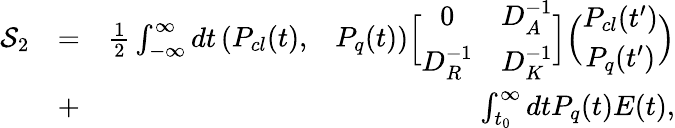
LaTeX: \begin{array}{rlr}{{\cal S}_{2}}&{=}&{\frac{1}{2}\int_{-\infty}^{\infty}{dt}\left({\begin{array}{cc}{P_{cl}(t),}&{P_{q}(t)}\end{array}}\right)\Bigl[{\begin{array}{cc}{0}&{D_{A}^{-1}}\\ {D_{R}^{-1}}&{D_{K}^{-1}}\end{array}}\Bigr]\Big({\begin{array}{c}{P_{cl}(t^{\prime})}\\ {P_{q}(t^{\prime})}\end{array}}\Big)}\\ &{+}&{\int_{t_{0}}^{\infty}dtP_{q}(t)E(t),}\end{array}